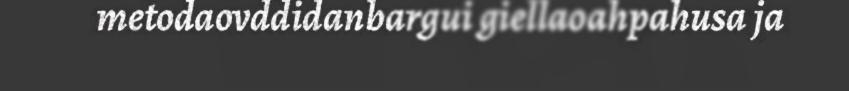
metodaovddidanbargui giellaoahpahusa ja